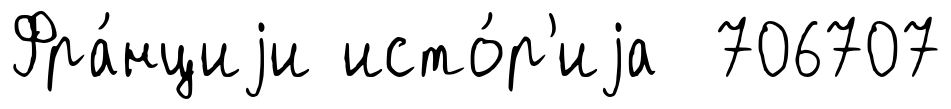
Фра́нциjи исто́р'иjа 706707